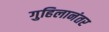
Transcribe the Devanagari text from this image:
गुहिलानंतर